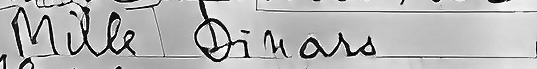
Mille Dinars